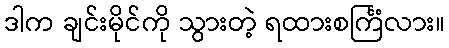
ဒါက ချင်းမိုင်ကို သွားတဲ့ ရထားစင်္ကြံလား။